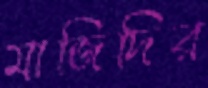
মাজিদির